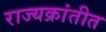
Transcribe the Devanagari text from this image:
राज्यक्रांतीत